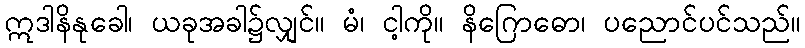
ဣဒါနိနုခေါ၊ ယခုအခါ၌လျှင်။ မံ၊ ငါ့ကို။ နိဂြောဓော၊ ပညောင်ပင်သည်။